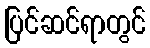
ပြင်ဆင်ရာတွင်